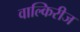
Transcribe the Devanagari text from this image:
वाल्किरीज